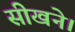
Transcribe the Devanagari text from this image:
सीखने।